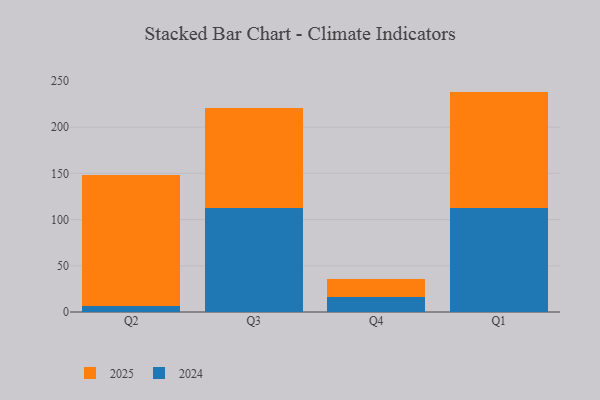
{"axis": {"x": "Quarter", "y": "Temperature (°C)"}, "legend": ["2024", "2025"], "data": [{"x": "Q2", "y": 6.0, "type": "2024"}, {"x": "Q2", "y": 142.1, "type": "2025"}, {"x": "Q3", "y": 112.6, "type": "2024"}, {"x": "Q3", "y": 107.7, "type": "2025"}, {"x": "Q4", "y": 16.3, "type": "2024"}, {"x": "Q4", "y": 18.9, "type": "2025"}, {"x": "Q1", "y": 112.1, "type": "2024"}, {"x": "Q1", "y": 126.4, "type": "2025"}]}